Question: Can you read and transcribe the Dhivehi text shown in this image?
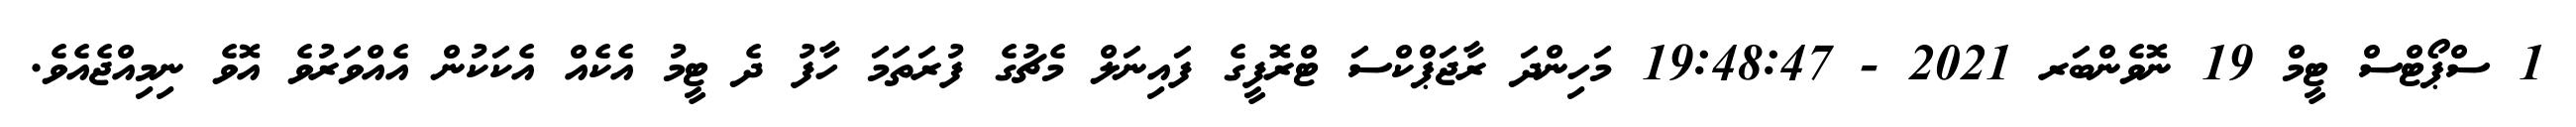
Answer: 1 ސްޕޯޓްސް ޓީމް 19 ނޮވެންބަރ 2021 - 19:48:47 މަހިންދަ ރާޖަޕްކްސަ ޓްރޮފީގެ ފައިނަލް މެޗުގެ ފުރަތަމަ ހާފު ދެ ޓީމު އެކެއް އެކަކުން އެއްވަރުވެ އޮވެ ނިމިއްޖެއެވެ.